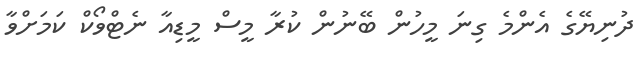
ދުނިޔޭގެ އެންމެ ގިނަ މީހުން ބޭނުން ކުރާ މީސް މީޑިއާ ނެޓްވޯކް ކަމަށްވާ